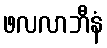
ဖလလာဘီနံ